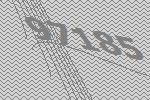
97185